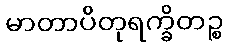
မာတာပိတုရက္ခိတဉ္စ